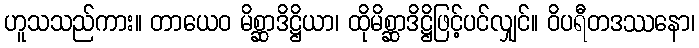
ဟူသသည်ကား။ တာယေဝ မိစ္ဆာဒိဋ္ဌိယာ၊ ထိုမိစ္ဆာဒိဋ္ဌိဖြင့်ပင်လျှင်။ ဝိပရီတဒဿနော၊